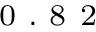
_ \mathrm { ~ 0 ~ . ~ 8 ~ 2 ~ }